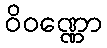
ဝိဝဏ္ဏော